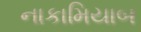
નાકામિયાબ